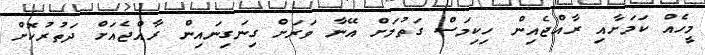
މީހެއް ކަމަށާއި ރާއްޖެއިން ހިކިމަސް ގަތުމަށް އޭނާ ވަރަށް ގިނަގިނައިން ރާއްޖެއަށް ދަތުރުކޮށް